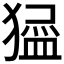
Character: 𱮞